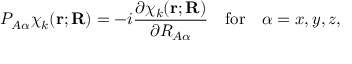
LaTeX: P _ { A \alpha } \chi _ { k } ( \mathbf { r } ; \mathbf { R } ) = - i { \frac { \partial \chi _ { k } ( \mathbf { r } ; \mathbf { R } ) } { \partial R _ { A \alpha } } } \quad { \mathrm { f o r } } \quad \alpha = x , y , z ,